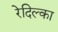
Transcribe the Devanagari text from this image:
रेदिल्का